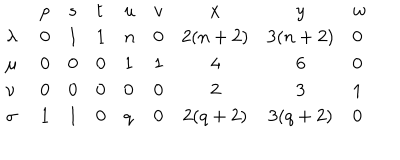
\begin{array} { l l l l l l c c l } { { } } & { { p } } & { { s } } & { { t } } & { { u } } & { { v } } & { { x } } & { { y } } & { { w } } \\ { { \lambda \ } } & { { 0 } } & { { 1 } } & { { 1 } } & { { n } } & { { 0 } } & { { 2 ( n + 2 ) } } & { { 3 ( n + 2 ) } } & { { 0 } } \\ { { \mu \ } } & { { 0 } } & { { 0 } } & { { 0 } } & { { 1 } } & { { 1 } } & { { 4 } } & { { 6 } } & { { 0 } } \\ { { \nu \ } } & { { 0 } } & { { 0 } } & { { 0 } } & { { 0 } } & { { 0 } } & { { 2 } } & { { 3 } } & { { 1 } } \\ { { \sigma \ } } & { { 1 } } & { { 1 } } & { { 0 } } & { { q } } & { { 0 } } & { { 2 ( q + 2 ) } } & { { 3 ( q + 2 ) } } & { { 0 } } \\ \end{array}